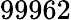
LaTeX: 99962